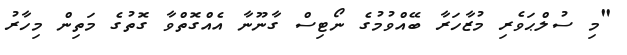
"މި ސުލްޙަވެރި މުޒާހަރާ ބޭއްވުމުގެ ނޯޓިސް ގާނޫނާ އެއްގޮތްވާ ގޮތުގެ މަތިން މިހާރު